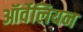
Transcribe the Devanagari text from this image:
ऑर्वेलियन